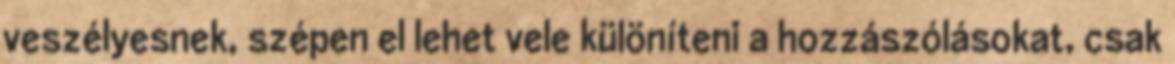
veszélyesnek, szépen el lehet vele különíteni a hozzászólásokat, csak